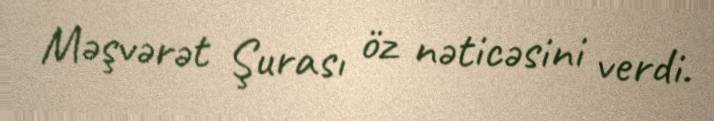
Məşvərət Şurası öz nəticəsini verdi.